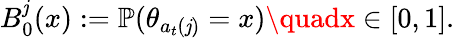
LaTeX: B_{0}^{\mathit{j}}(x):=\mathbb{{P}}(\theta_{a_{t}(\mathit{j})}=x)\quadx\in[0,1].